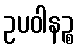
ဥပဝါနဉ္စ